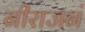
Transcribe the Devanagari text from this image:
नीराजनं